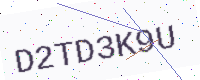
Text: D2TD3K9U